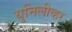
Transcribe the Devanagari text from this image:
युनिलीव्हर